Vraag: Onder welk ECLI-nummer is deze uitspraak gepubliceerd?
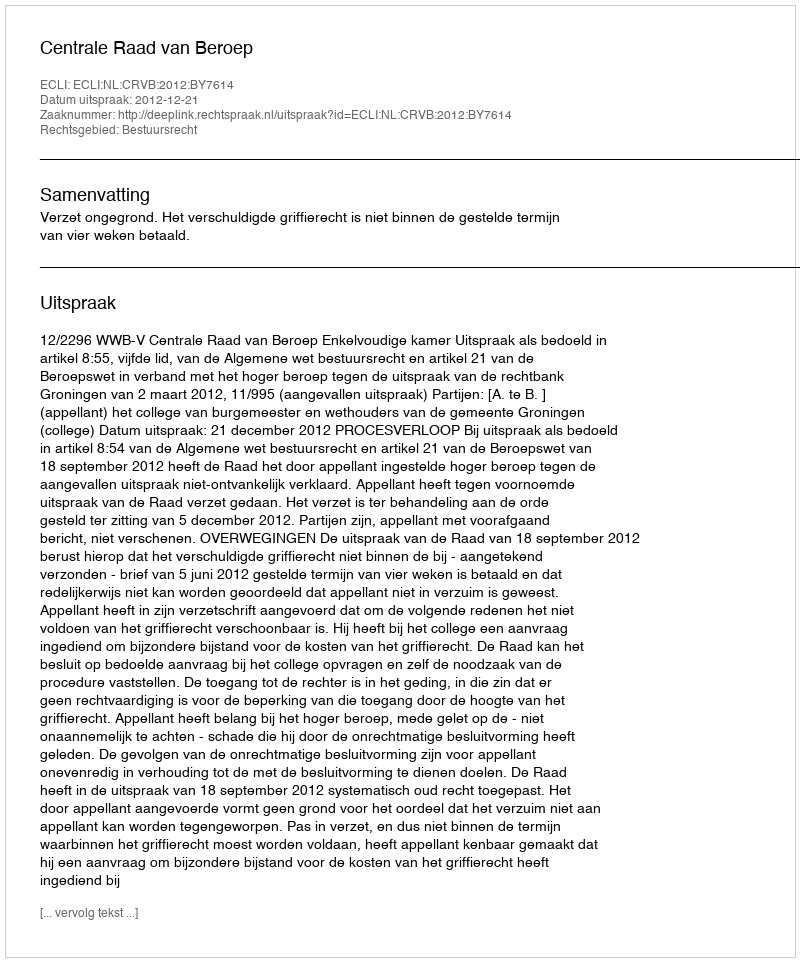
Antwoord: ECLI:NL:CRVB:2012:BY7614